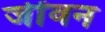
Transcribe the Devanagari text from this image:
जींवन